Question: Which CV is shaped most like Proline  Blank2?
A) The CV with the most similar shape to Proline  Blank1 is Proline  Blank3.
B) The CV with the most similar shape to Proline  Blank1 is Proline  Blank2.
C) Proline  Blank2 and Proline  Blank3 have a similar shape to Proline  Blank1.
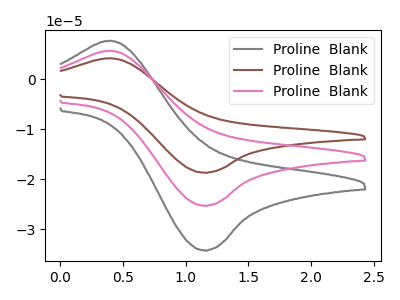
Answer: <think>The gray curve "Proline  Blank1" has an anodic peak at (0.40V, 7.70uA) and a cathodic peak at (1.15V, -34.20uA). The brown curve "Proline  Blank2" has an anodic peak at (0.40V, 11.40uA) and a cathodic peak at (1.15V, -50.50uA). The pink curve "Proline  Blank3" has an anodic peak at (0.40V, 5.70uA) and a cathodic peak at (1.15V, -25.25uA).
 All the peaks in "Proline  Blank1" have a peak in "Proline  Blank2" at the same potential. Every peak in "Proline  Blank1" is lower than every peak in "Proline  Blank2". All the peaks in "Proline  Blank1" have a peak in "Proline  Blank3" at the same potential. Every peak in "Proline  Blank1" is higher than every peak in "Proline  Blank3". All the peaks in "Proline  Blank2" have a peak in "Proline  Blank3" at the same potential. Every peak in "Proline  Blank2" is higher than every peak in "Proline  Blank3".</think>
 <answer>C) "Proline  Blank2" and "Proline  Blank3" have a similar shape to "Proline  Blank1".</answer>
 <eval>C</eval>